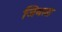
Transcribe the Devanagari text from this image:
जिथला